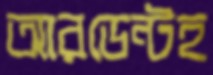
আরডেন্টহ